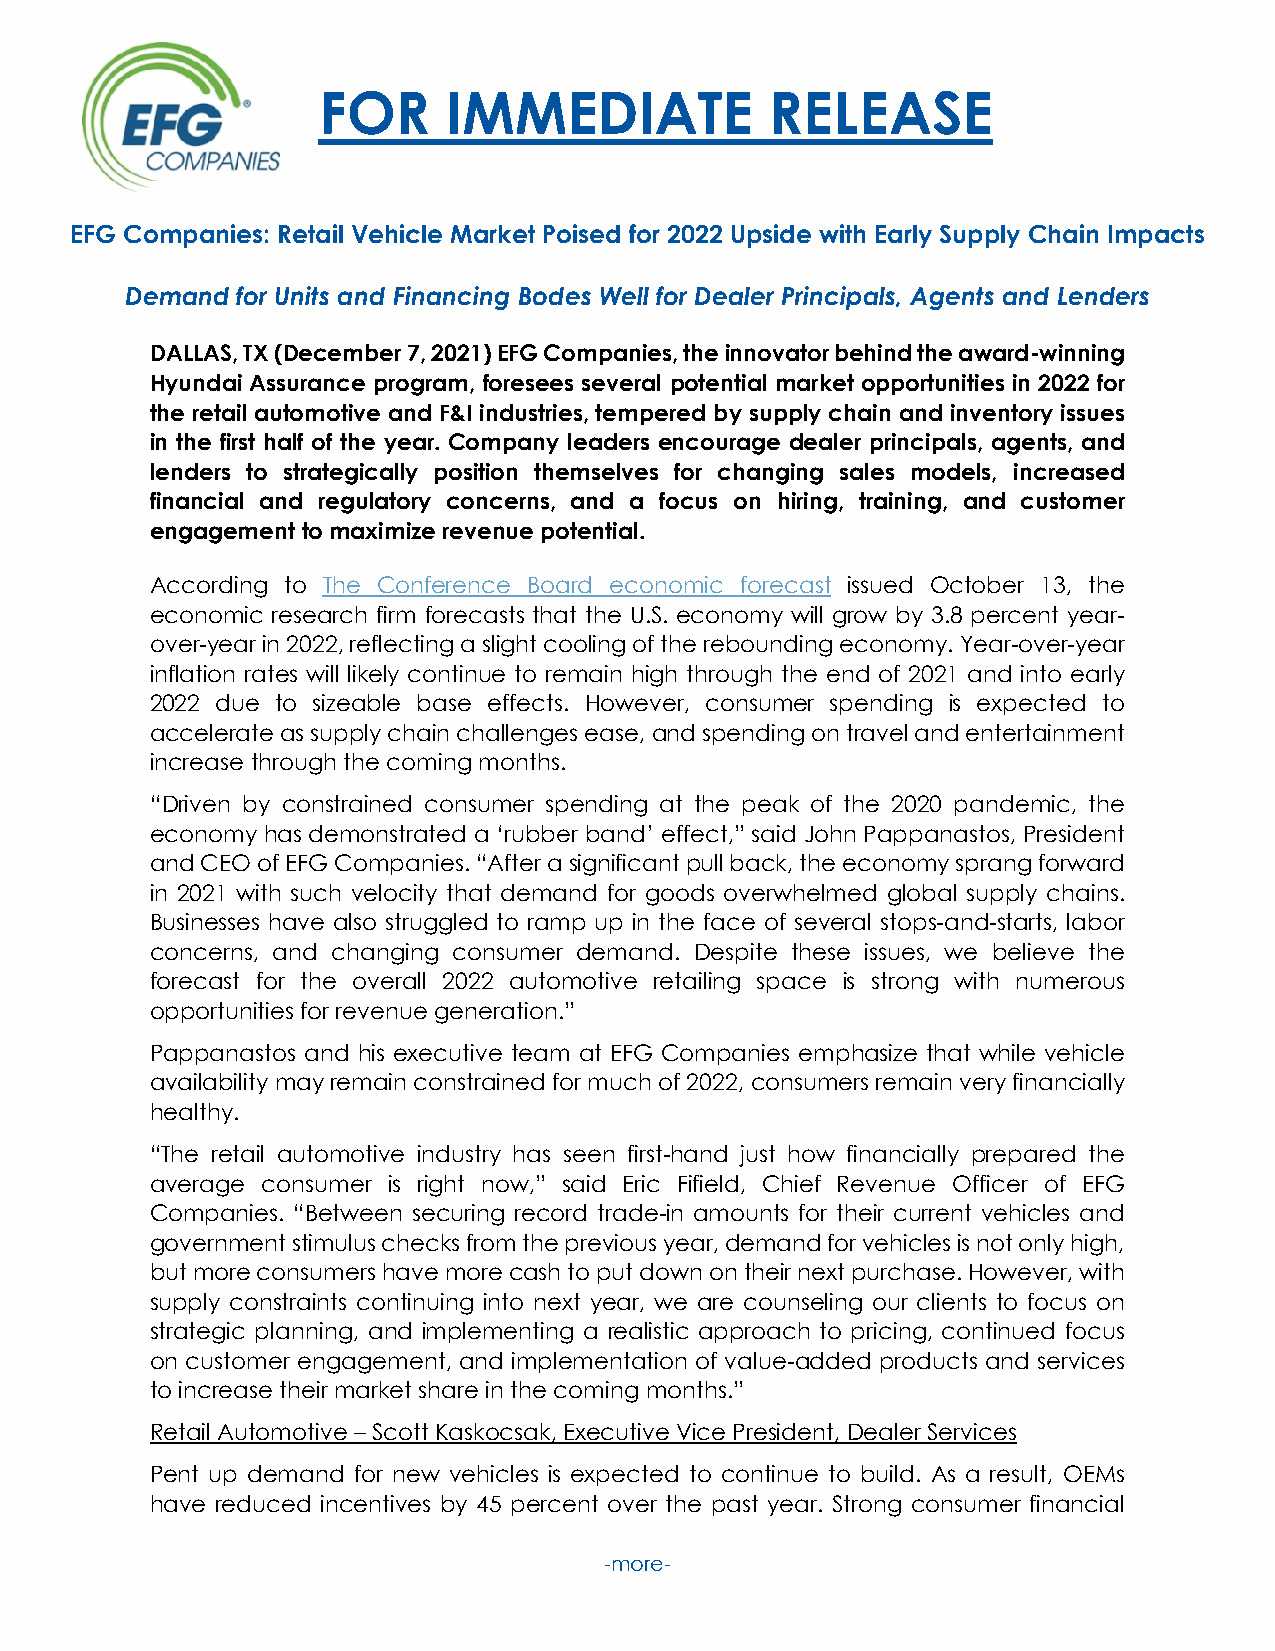
FOR      IMMEDIATE            RELEASE
 EFG Companies: Retail Vehicle Market Poised for 2022 Upside with Early Supply Chain Impacts
 Demand  for Units and Financing Bodes Well for Dealer Principals, Agents and Lenders
 DALLAS, TX (December 7, 2021) EFG Companies, the innovator behind the award-winning
 Hyundai Assurance program, foresees several potential market opportunities in 2022 for
 the retail automotive and F&I industries, tempered by supply chain and inventory issues
 in the first half of the year. Company leaders encourage dealer principals, agents, and
 lenders to strategically position themselves for changing sales models, increased
 financial and regulatory concerns, and a focus on hiring, training, and customer
 engagement to maximize revenue potential.
 According to The Conference Board economic forecast issued October 13, the
 economic research firm forecasts that the U.S. economy will grow by 3.8 percent year-
 over-year in 2022, reflecting a slight cooling of the rebounding economy. Year-over-year
 inflation rates will likely continue to remain high through the end of 2021 and into early
 2022 due to sizeable base effects. However, consumer spending is expected to
 accelerate as supply chain challenges ease, and spending on travel and entertainment
 increase through the coming months.
 “Driven by constrained consumer spending at the peak of the 2020 pandemic, the
 economy has demonstrated a ‘rubber band’ effect,” said John Pappanastos, President
 and CEO of EFG Companies. “After a significant pull back, the economy sprang forward
 in 2021 with such velocity that demand for goods overwhelmed global supply chains.
 Businesses have also struggled to ramp up in the face of several stops-and-starts, labor
 concerns, and changing consumer demand. Despite these issues, we believe the
 forecast for the overall 2022 automotive retailing space is strong with numerous
 opportunities for revenue generation.”
 Pappanastos and his executive team at EFG Companies emphasize that while vehicle
 availability may remain constrained for much of 2022, consumers remain very financially
 healthy.
 “The retail automotive industry has seen first-hand just how financially prepared the
 average consumer is right now,” said Eric Fifield, Chief Revenue Officer of EFG
 Companies. “Between securing record trade-in amounts for their current vehicles and
 government stimulus checks from the previous year, demand for vehicles is not only high,
 but more consumers have more cash to put down on their next purchase. However, with
 supply constraints continuing into next year, we are counseling our clients to focus on
 strategic planning, and implementing a realistic approach to pricing, continued focus
 on customer engagement, and implementation of value-added products and services
 to increase their market share in the coming months.”
 Retail Automotive – Scott Kaskocsak, Executive Vice President, Dealer Services
 Pent up demand for new vehicles is expected to continue to build. As a result, OEMs
 have reduced incentives by 45 percent over the past year. Strong consumer financial
 -more-